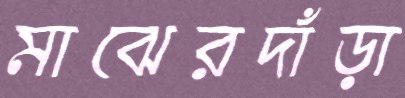
মাঝেরদাঁড়া